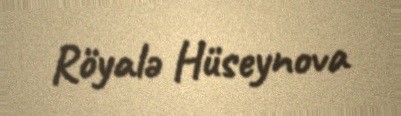
Röyalə Hüseynova